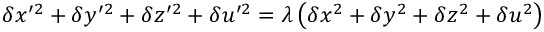
\delta x ^ { \prime 2 } + \delta y ^ { \prime 2 } + \delta z ^ { \prime 2 } + \delta u ^ { \prime 2 } = \lambda \left( \delta x ^ { 2 } + \delta y ^ { 2 } + \delta z ^ { 2 } + \delta u ^ { 2 } \right)